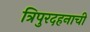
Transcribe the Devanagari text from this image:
त्रिपुरदहनाची